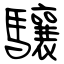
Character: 驤